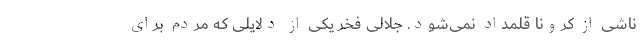
ناشی از کرونا قلمداد نمی‌شود. جلالی فخر یکی از دلایلی که مردم برای